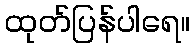
ထုတ်ပြန်ပါရေ။